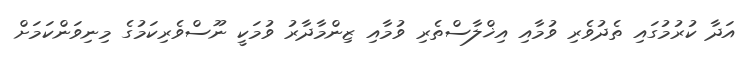
އަދާ ކުރުމުގައި ތެދުވެރި ވުމާއި އިޚްލާސްތެރި ވުމާއި ޒިންމާދާރު ވުމަކީ ނޫސްވެރިކަމުގެ މިނިވަންކަމަށް